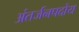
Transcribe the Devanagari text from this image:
अंतर्जनपदोय